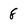
Character: 8